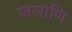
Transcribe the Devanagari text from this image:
जलाणि